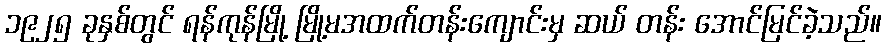
၁၉၂၅ ခုနှစ်တွင် ရန်ကုန်မြို့ မြို့မအထက်တန်းကျောင်းမှ ဆယ် တန်း အောင်မြင်ခဲ့သည်။